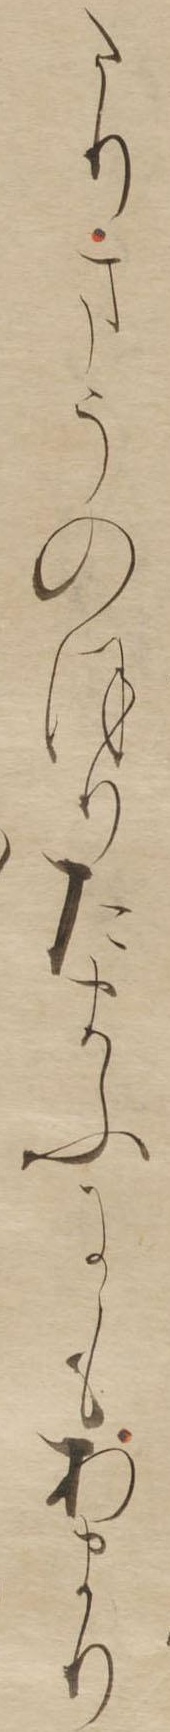
たりまうのほりたまふにもあまり